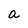
Character: a